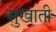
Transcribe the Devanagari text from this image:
सुखाती